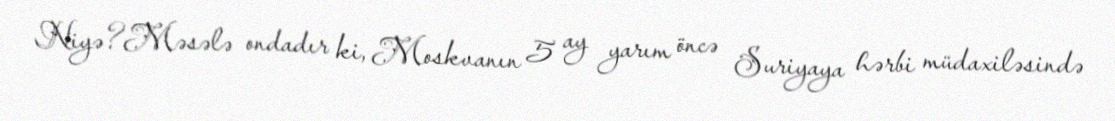
Niyə?Məsələ ondadır ki, Moskvanın 5 ay yarım öncə Suriyaya hərbi müdaxiləsində